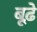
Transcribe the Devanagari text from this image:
बूढ़े़